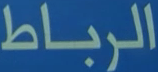
الرباط